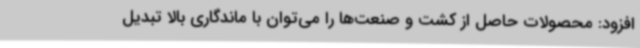
افزود: محصولات حاصل از کشت و صنعت‌ها را می‌توان با ماندگاری بالا تبدیل